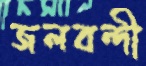
জলবন্দী